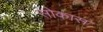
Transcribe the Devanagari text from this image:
सोकास